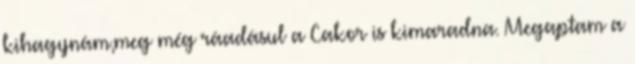
kihagynám,meg még ráadásul a Cakor is kimaradna. Megaptam a